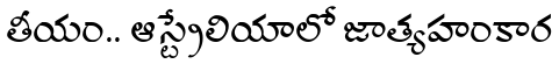
తీయం.. ఆస్ట్రేలియాలో జాత్యహంకార